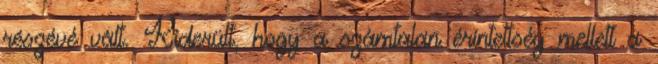
részévé vált. Kiderült, hogy a számtalan érintettség mellett a